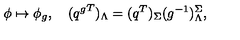
\phi \mapsto \phi _ { g } , \quad ( { q ^ { g } } ^ { T } ) _ { \Lambda } = ( q ^ { T } ) _ { \Sigma } ( g ^ { - 1 } ) _ { \Lambda } ^ { \Sigma } ,